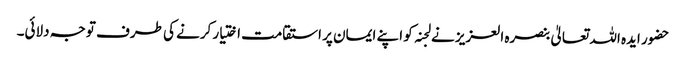
حضور ایدہ اللہ تعالیٰ بنصرہ العزیز نے لجنہ کو اپنے ایمان پر استقامت اختیار کرنے کی طرف توجہ دلائی۔